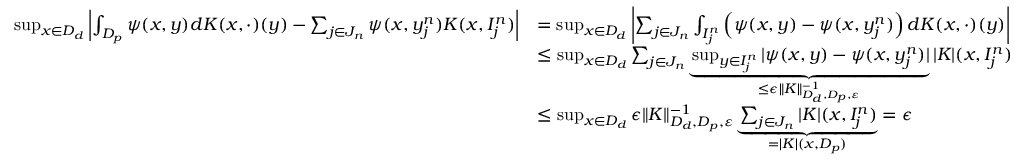
\begin{array} { r l } { \operatorname* { s u p } _ { x \in D _ { d } } \left| \int _ { D _ { p } } \psi ( x , y ) d K ( x , \cdot ) ( y ) - \sum _ { j \in J _ { n } } \psi ( x , y _ { j } ^ { n } ) K ( x , I _ { j } ^ { n } ) \right| } & { = \operatorname* { s u p } _ { x \in D _ { d } } \left| \sum _ { j \in J _ { n } } \int _ { I _ { j } ^ { n } } \left( \psi ( x , y ) - \psi ( x , y _ { j } ^ { n } ) \right) d K ( x , \cdot ) ( y ) \right| } \\ & { \leq \operatorname* { s u p } _ { x \in D _ { d } } \sum _ { j \in J _ { n } } \underbrace { \operatorname* { s u p } _ { y \in I _ { j } ^ { n } } | \psi ( x , y ) - \psi ( x , y _ { j } ^ { n } ) | } _ { \leq \epsilon \| K \| _ { D _ { d } , D _ { p } , \varepsilon } ^ { - 1 } } | K | ( x , I _ { j } ^ { n } ) } \\ & { \leq \operatorname* { s u p } _ { x \in D _ { d } } \epsilon \| K \| _ { D _ { d } , D _ { p } , \varepsilon } ^ { - 1 } \underbrace { \sum _ { j \in J _ { n } } | K | ( x , I _ { j } ^ { n } ) } _ { = | K | ( x , D _ { p } ) } = \epsilon } \end{array}